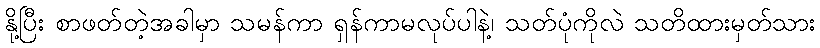
နို့ပြီး စာဖတ်တဲ့အခါမှာ သမန်ကာ ရှန်ကာမလုပ်ပါနဲ့၊ သတ်ပုံကိုလဲ သတိထားမှတ်သား